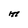
Character: M